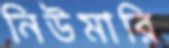
নিউমারি